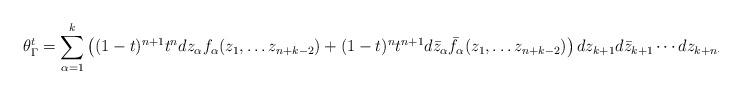
LaTeX: \begin{align*}\theta^t_\Gamma=\sum_{\alpha=1}^k\left((1-t)^{n+1}t^n dz_\alpha f_\alpha(z_1,\dots z_{n+k-2})+(1-t)^{n}t^{n+1} d\bar z_\alpha \bar f_\alpha(z_1,\dots z_{n+k-2})\right) dz_{k+1}d\bar z_{k+1}\cdots dz_{k+n-2}d\bar z_{k+n-2}+\cdots\end{align*}